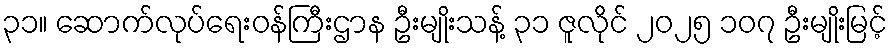
၃၁။ ဆောက်လုပ်ရေးဝန်ကြီးဌာန ဦးမျိုးသန့် ၃၁ ဇူလိုင် ၂၀၂၅ ၁၀၇ ဦးမျိုးမြင့်